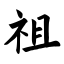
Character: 祖